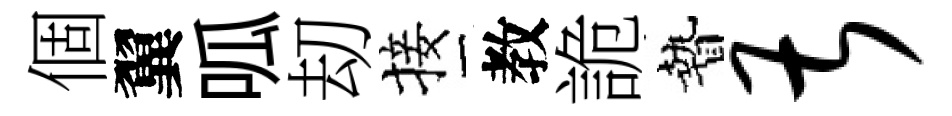
個翼呱刧接教詭贄甚